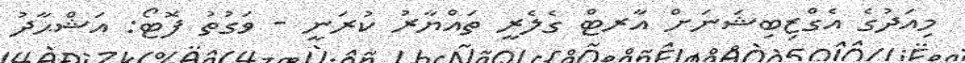
މިއަދުގެ އެގްޒިބިޝަނަށް އާރޓް ގެލެރީ ތައްޔާރު ކުރަނީ - ވަގުތު ފޮޓޯ: އަޝްޙާދު